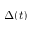
\Delta ( t )